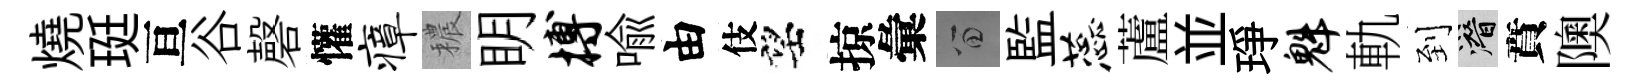
燒珽亘谷磬懽瘴穠眀搏喩由伎望掠彙留監蕊蘆並琤魁軌到潜賁隩